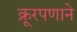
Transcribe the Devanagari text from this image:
क्रूरपणाने